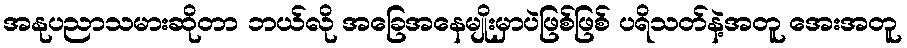
အနုပညာသမားဆိုတာ ဘယ်လို အခြေအနေမျိုးမှာပဲဖြစ်ဖြစ် ပရိသတ်နဲ့အတူ အေးအတူ